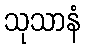
သုသာနံ